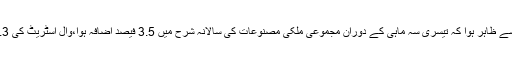
جمعہ کو محکمہ تجارت کے ابتدائی مطالعہ سے ظاہر ہوا کہ تیسری سہ ماہی کے دوران مجموعی ملکی مصنوعات کی سالانہ شرح میں 3.5 فیصد اضافہ ہوا،وال اسٹریٹ کی 3.3 فیصد کی توقعات کی حد سے آگے بڑھ گیا۔